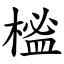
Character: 榓